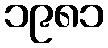
၁၉၈၁